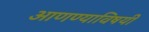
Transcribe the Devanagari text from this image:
आणण्याविषयी